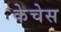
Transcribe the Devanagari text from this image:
केचेस